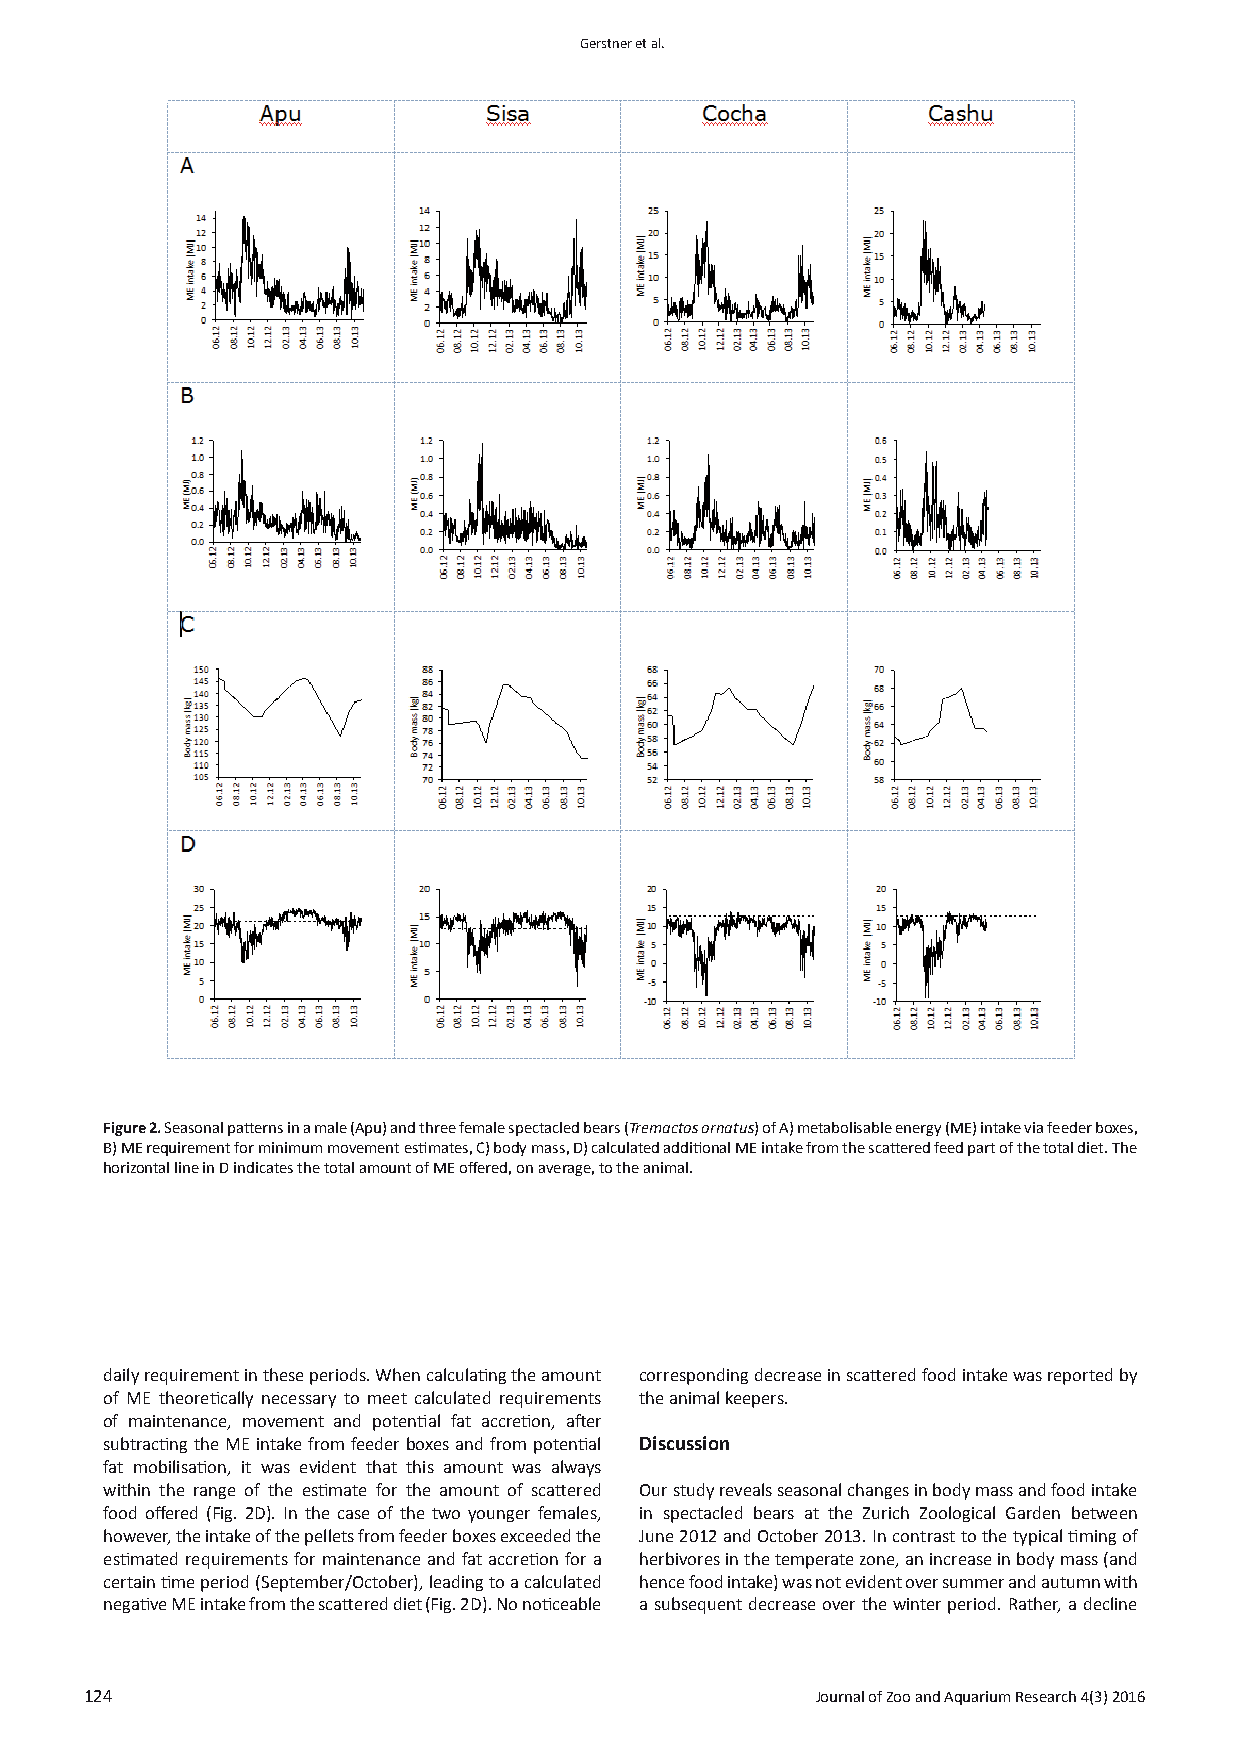
Gerstner et al.
 Figure 2. Seasonal patterns in a male (Apu) and three female spectacled bears (Tremactos ornatus) of A) metabolisable energy (ME) intake via feeder boxes,
 B) ME requirement for minimum movement estimates, C) body mass, D) calculated additional ME intake from the scattered feed part of the total diet. The
 horizontal line in D indicates the total amount of ME offered, on average, to the animal.
 daily requirement in these periods. When calculating the amount corresponding decrease in scattered food intake was reported by
 of ME theoretically necessary to meet calculated requirements the animal keepers.
 of maintenance, movement and potential fat accretion, after
 subtracting the ME intake from feeder boxes and from potential Discussion
 fat mobilisation, it was evident that this amount was always
 within the range of the estimate for the amount of scattered Our study reveals seasonal changes in body mass and food intake
 food offered (Fig. 2D). In the case of the two younger females, in spectacled bears at the Zurich Zoological Garden between
 however, the intake of the pellets from feeder boxes exceeded the June 2012 and October 2013. In contrast to the typical timing of
 estimated requirements for maintenance and fat accretion for a herbivores in the temperate zone, an increase in body mass (and
 certain time period (September/October), leading to a calculated hence food intake) was not evident over summer and autumn with
 negative ME intake from the scattered diet (Fig. 2D). No noticeable a subsequent decrease over the winter period. Rather, a decline
 124                                             Journal of Zoo and Aquarium Research 4(3) 2016